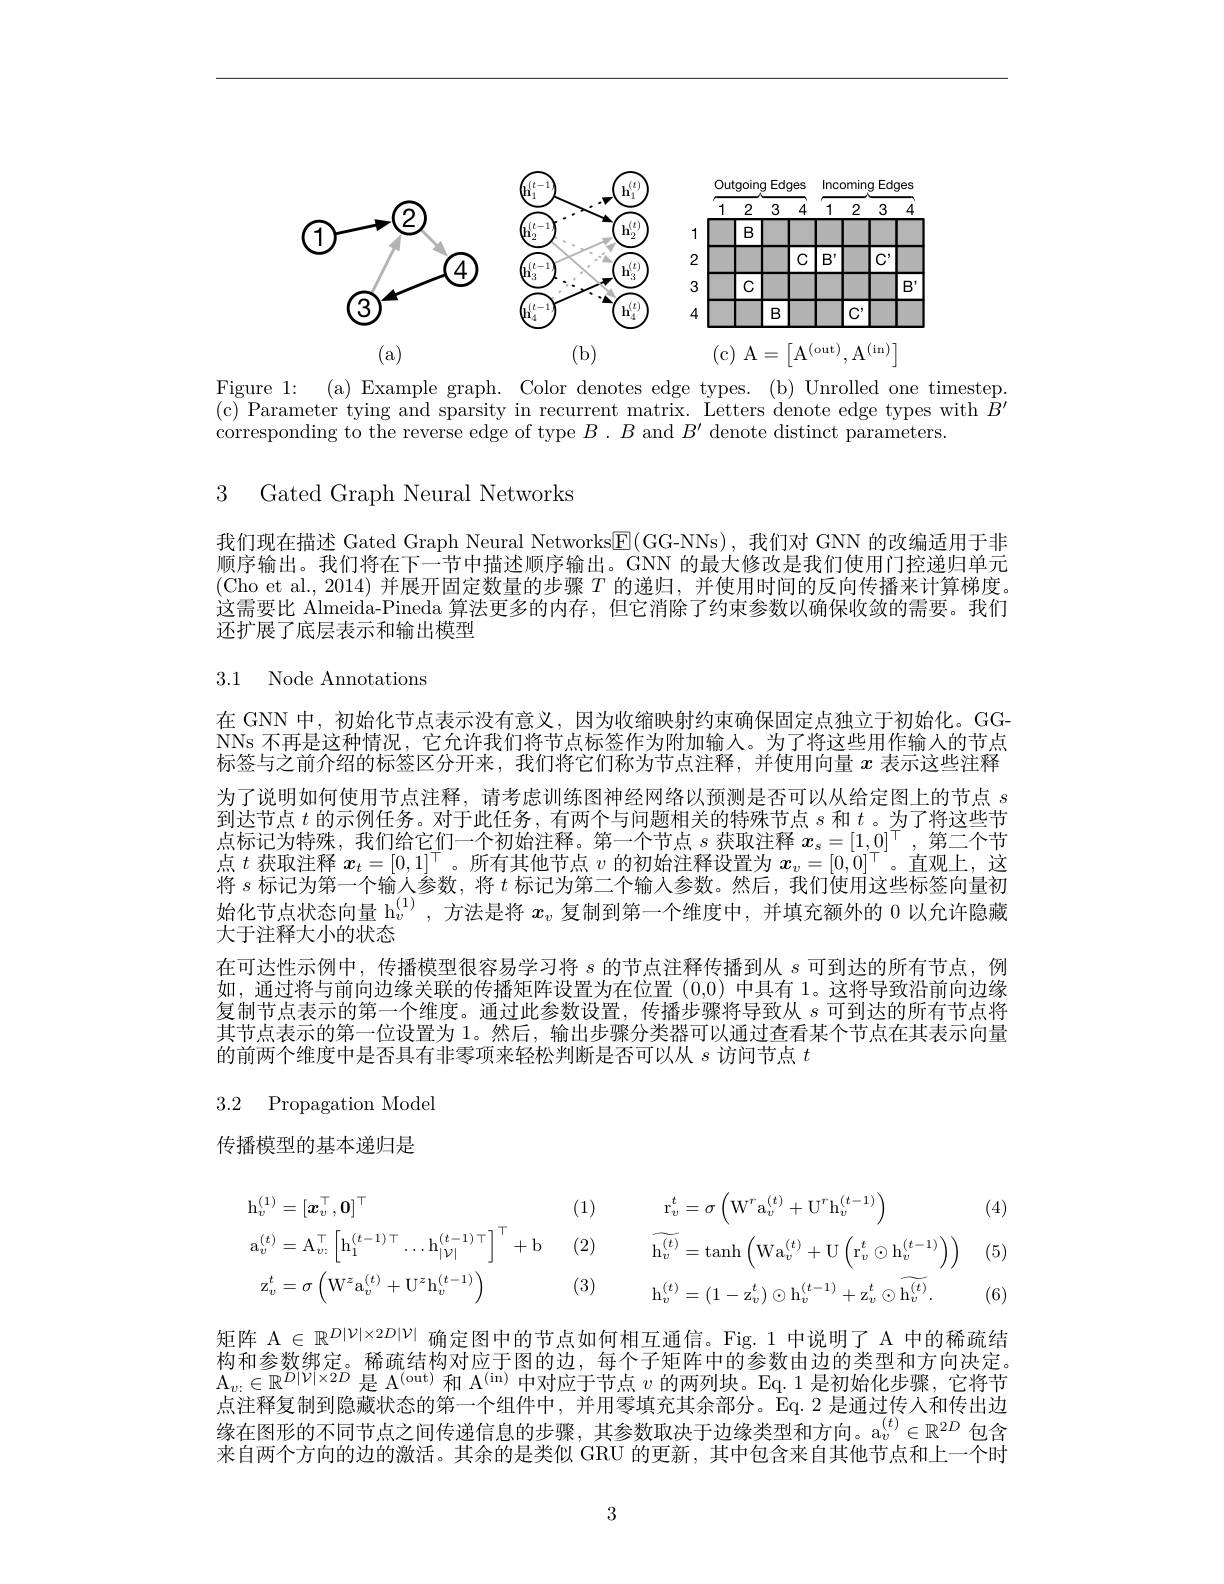
<FigureHere>

Figure 1: (a) Example graph. Color denotes edge types. (b) Unrolled one timestep. (c) Parameter tying and sparsity in recurrent matrix. Letters denote edge types with $\hat{B}^\prime$ corresponding to the reverse edge of type $B.B$ and $B^\prime$ denote distinct parameters.

3 Gated Graph Neural Networks

我们现在描述 Gated Graph Neural Networks$\underline{\mathrm{E}}($GG-NNs),我们对 GNN 的改编适用于非顺序输出。我们将在下一节中描述顺序输出。GNN 的最大修改是我们使用门控递归单元(Cho et al., 2014)并展开固定数量的步骤$T$的递归，并使用时间的反向传播来计算梯度。这需要比 Almeida-Pineda 算法更多的内存，但它消除了约束参数以确保收敛的需要。我们还扩展了底层表示和输出模型

# 3.1 Node Annotations

在 GNN 中，初始化节点表示没有意义，因为收缩映射约束确保固定点独立于初始化。GGNNs 不再是这种情况，它允许我们将节点标签作为附加输入。为了将这些用作输入的节点标签与之前介绍的标签区分开来，我们将它们称为节点注释，并使用向量$x$表示这些注释为了说明如何使用节点注释，请考虑训练图神经网络以预测是否可以从给定图上的节点$s$ 到达节点$t$的示例任务。对于此任务，有两个与问题相关的特殊节点$s$和$t$ 。为了将这些节点标记为特殊，我们给它们一个初始注释。第一个节点$s$获取注释$x_s=[1,0]^\top$,第二个节点$t$获取注释$\boldsymbol x_t=[0,1]^\top$。所有其他节点$v$的初始注释设置为$x_v=[0,0]^\top$。直观上，这将$s$标记为第一个输人参数，将$t$标记为第二个输入参数。然后，我们使用这些标签向量初始化节点状态向量 h$_v^{(1)}$,方法是将$x_v$复制到第一个维度中，并填充额外的 0 以允许隐藏大于注释大小的状态
在可达性示例中，传播模型很容易学习将$s$的节点注释传播到从$s$可到达的所有节点，例如，通过将与前向边缘关联的传播矩阵设置为在位置 (0,0) 中具有 1。这将导致沿前向边缘复制节点表示的第一个维度。通过此参数设置，传播步骤将导致从$s$可到达的所有节点将其节点表示的第一位设置为 1。然后，输出步骤分类器可以通过查看某个节点在其表示向量的前两个维度中是否具有非零项来轻松判断是否可以从$s$访问节点$t$

## 3.2 Propagation Model

传播模型的基本递归是

(4)
$$\begin{aligned}\mathrm{h}_{v}^{(1)}&=[\boldsymbol{x}_{v}^{\top},\mathbf{0}]^{\top}&(1)&\mathrm{r}_{v}^{t}=\sigma\left(\mathrm{W}^{r}\mathrm{a}_{v}^{(t)}+\mathrm{U}^{r}\mathrm{h}_{v}^{(t-1)}\right)&(\\\mathrm{a}_{v}^{(t)}&=\mathrm{A}_{v:}^{\top}\left[\mathrm{h}_{1}^{(t-1)\top}\ldots\mathrm{h}_{|\mathcal{V}|}^{(t-1)\top}\right]^{\top}+\mathrm{b}&(2)&\widetilde{\mathrm{h}_{v}^{(t)}}=\mathrm{tanh}\left(\mathrm{Wa}_{v}^{(t)}+\mathrm{U}\left(\mathrm{r}_{v}^{t}\odot\mathrm{h}_{v}^{(t-1)}\right)\right)&(\\\mathrm{z}_{v}^{t}&=\sigma\left(\mathrm{W}^{z}\mathrm{a}_{v}^{(t)}+\mathrm{U}^{z}\mathrm{h}_{v}^{(t-1)}\right)&(3)&\mathrm{h}_{v}^{(t)}=(1-\mathrm{z}_{v}^{t})\odot\mathrm{h}_{v}^{(t-1)}+\mathrm{z}_{v}^{t}\odot\widetilde{\mathrm{h}_{v}^{(t)}}.&(\end{aligned}$$
矩阵$\mathcal{A}\in\mathbb{R}^{D|\mathcal{V}|\times2D|\mathcal{V}|}$确定图中的节点如何相互通信。Fig.1 中说明了 A 中的稀疏结构和参数绑定。稀疏结构对应于图的边，每个子矩阵中的参数由边的类型和方向决定。$\mathrm{A}_{v:}\in\mathbb{R}^{D|V|\times2D}$是$\mathrm{A} ^($out)和$\mathrm{A} ^($in)中对应于节点$v$的两列块。Eq.1 是初始化步骤，它将节点注释复制到隐藏状态的第一个组件中，并用零填充其余部分。Eq.2 是通过传人和传出边缘在图形的不同节点之间传递信息的步骤，其参数取决于边缘类型和方向。a$_v^{(t)}\in\mathbb{R}^{2D}$包含来自两个方向的边的激活。其余的是类似 GRU 的更新，其中包含来自其他节点和上一个时

3